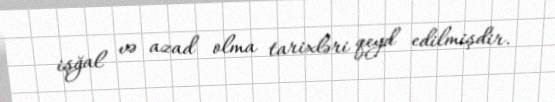
işğal və azad olma tarixləri qeyd edilmişdir.